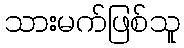
သားမက်ဖြစ်သူ